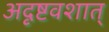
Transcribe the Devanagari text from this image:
अदृष्टवशात्‌